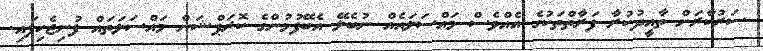
ސަރުކާރަށް ތާއީދުކުރާ ފަރާތްތަކުގެ އެއްވެސް މައްސަލައެއް ނުބެލޭ އެބޭފުޅުންގެ ކޮރަޕްޝަން މައްސަލަތައް ފުނިޖެހިފައި.